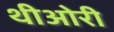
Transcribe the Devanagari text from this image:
थीओरी